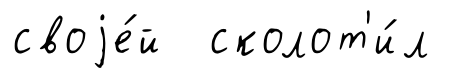
своjе́й сколот'и́л